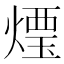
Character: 𰟒